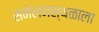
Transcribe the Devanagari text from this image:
संमेलनस्थळाला